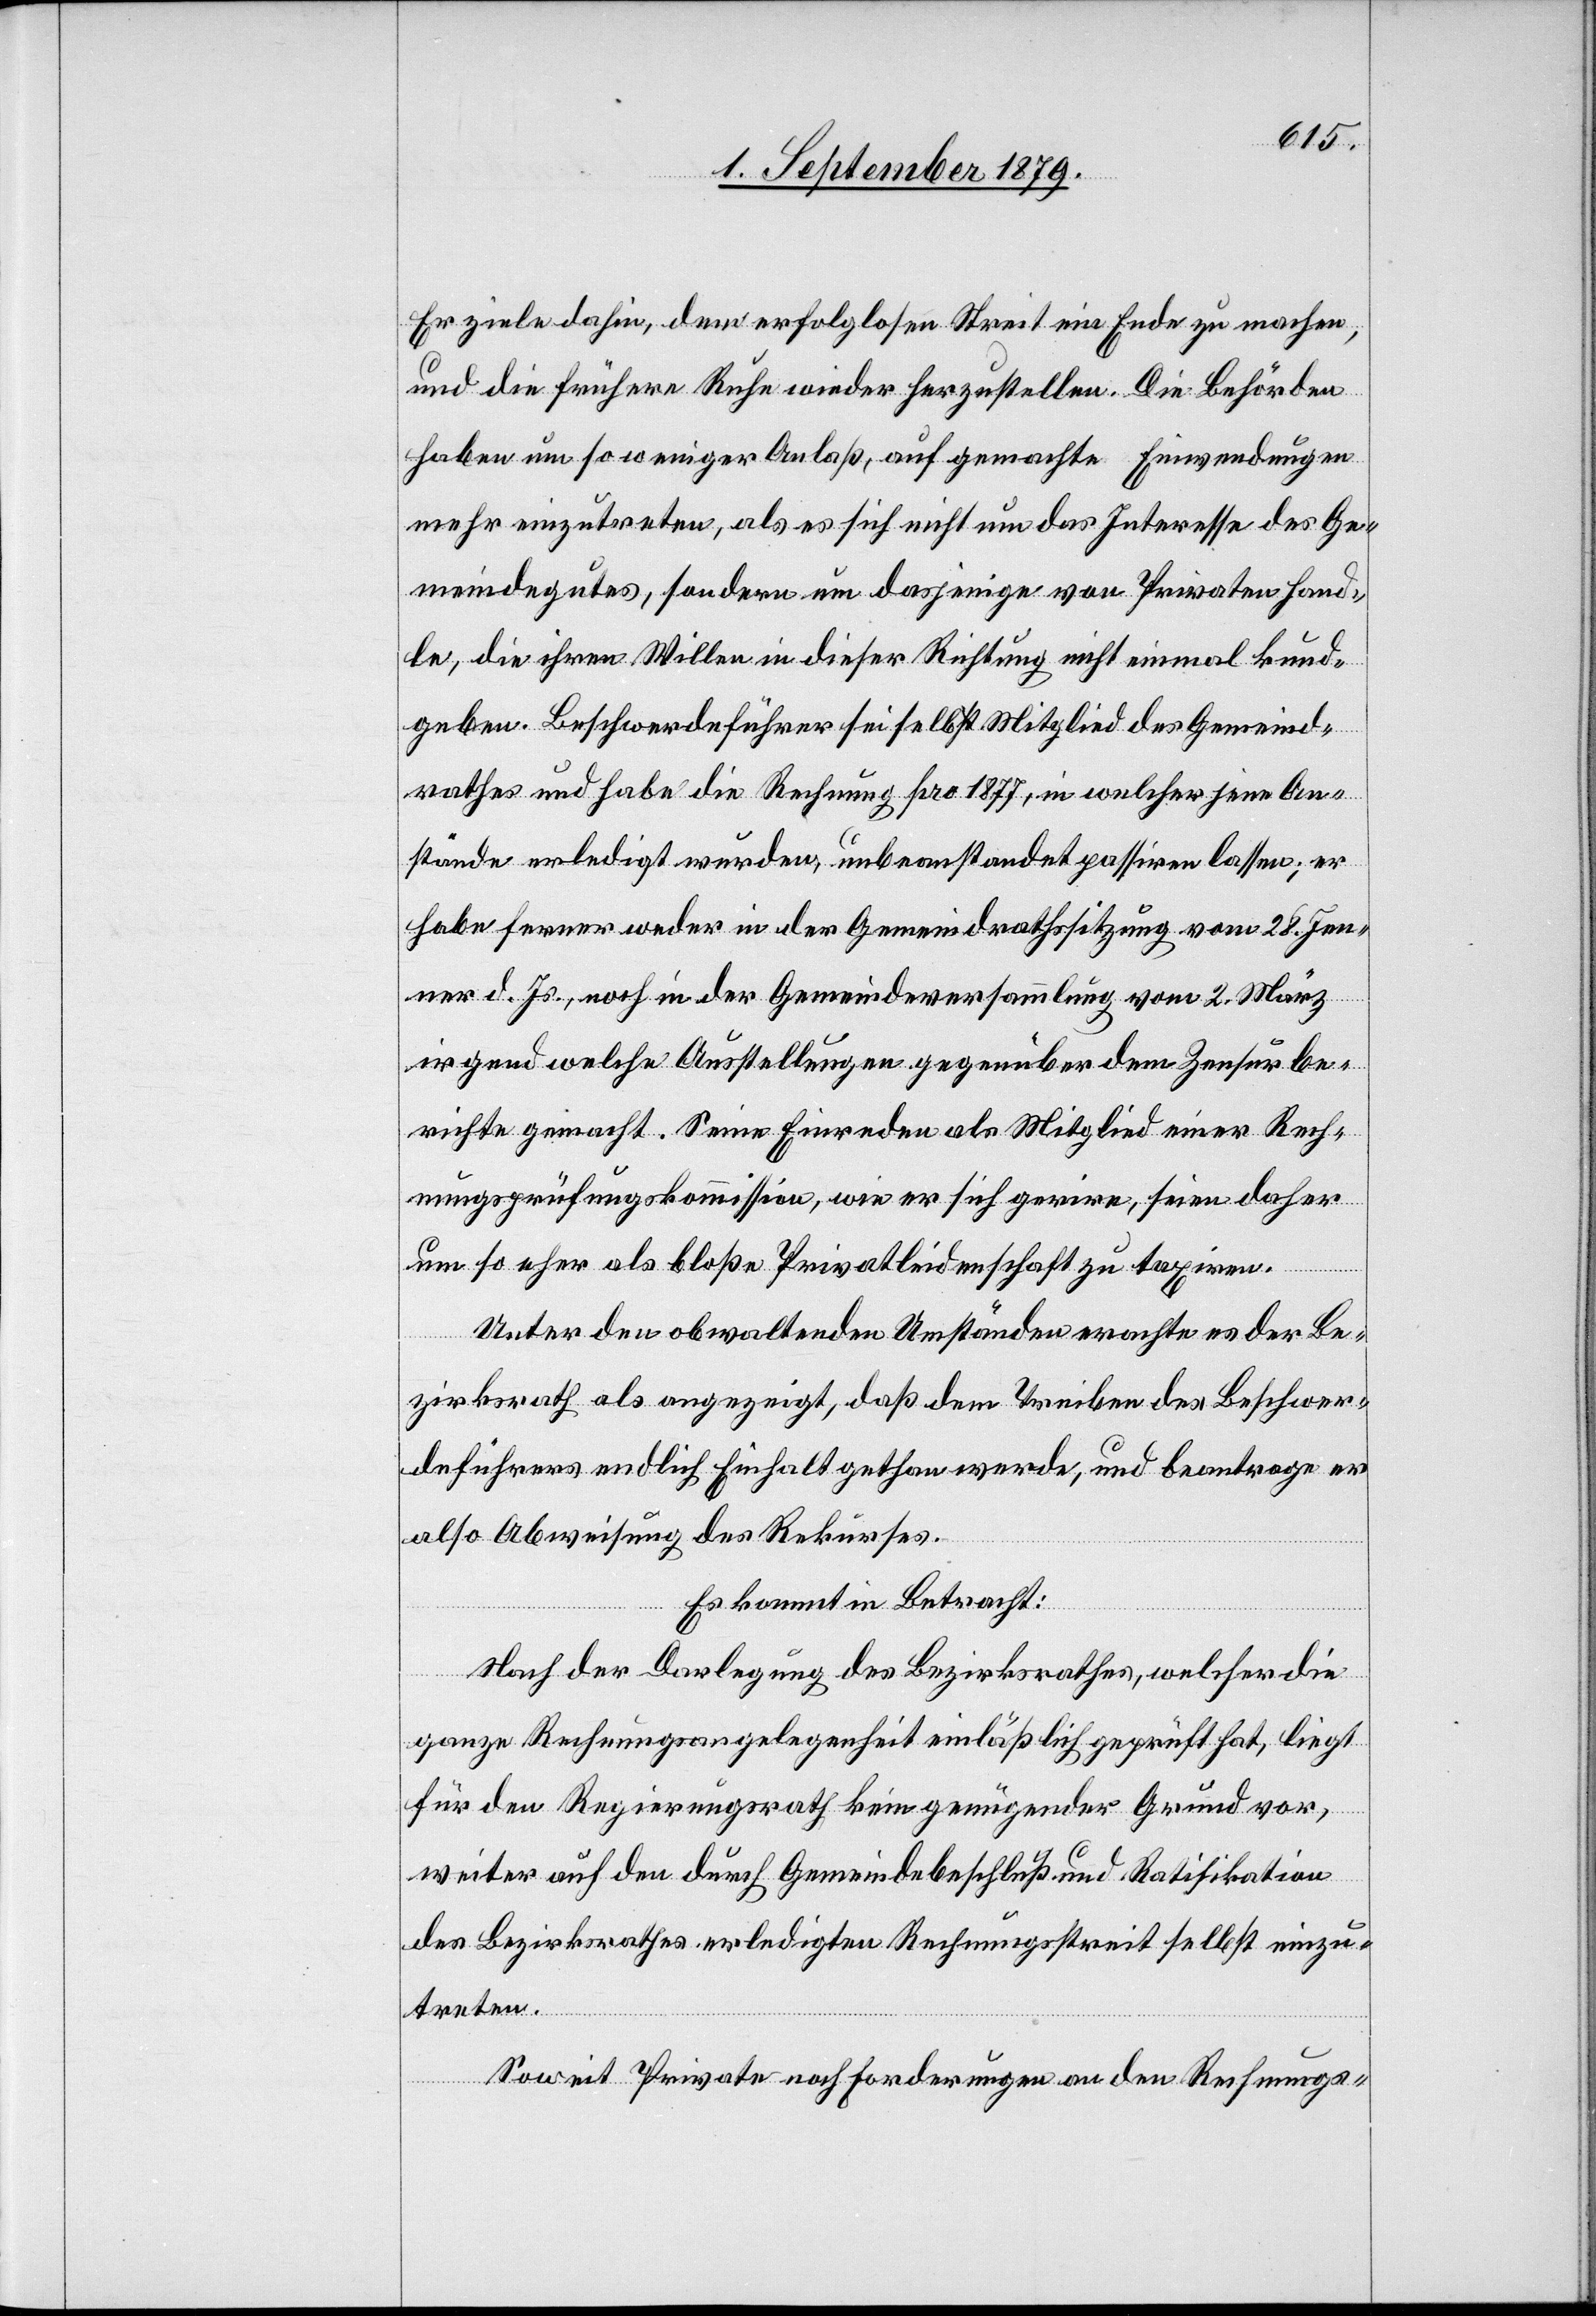
Er ziele dahin, dem erfolgten Streit eine Ende zu machen,
und die frühere Ruhe wieder herzustellen. Die Behörden
haben um so weniger Anlaß, auf gemachte Einwendungen
mehr einzutreten, als es sich nicht um das Interesse des Ge¬
meindegutes, sondern um dasjenige von Privaten hand¬
le, die ihren Willen in dieser Richtung nicht einmal kund¬
geben. Beschwerdeführer sei selbst Mitglied des Gemeind¬
rathes und habe die Rechnung pro 1877, in welcher jene An¬
stände erledigt wurden, unbeanstandet passiren lassen; er
habe ferner weder in der Gemeindrathssitzung vom 28. Jen¬
ner d. Js., noch in der Gemeindeversammlung vom 2. März
irgend welche Ausstellungen gegenüber dem Zensurbe¬
richte gemacht. Seine Einreden als Mitglied einer Rech¬
nungsprüfungskommission, wie er sich gerire, seien daher
um so eher als bloße Privatleidenschaft zu taxiren.
Unter den obwaltenden Umständen erachte es der Be¬
zirksrath als angezeigt, daß dem Treiben des Beschwer¬
deführers endlich Einhalt gethan werde, und beantrage er
also Abweisung des Rekurses.
Es kommt in Betracht:
Nach der Darlegung des Bezirksrathes, welcher die
ganze Rechnungsangelegenheit einlässlich geprüft hat, liegt
für den Regierungsrath kein genügender Grund vor,
weiter auf den durch Gemeindebeschluß und Ratifikation
des Bezirksrathes erledigten Rechnungsstreit selbst einzu¬
treten.
Soweit Private noch Forderungen an den Rechnungs-